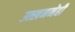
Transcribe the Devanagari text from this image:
उत्खननेही